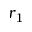
r _ { 1 }